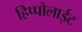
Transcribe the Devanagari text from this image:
हिप्पोलाईट